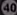
40